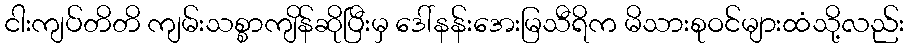
ငါးကျပ်တိတိ ကျမ်းသစ္စာကျိန်ဆိုပြီးမှ ဒေါ်နန်းအေးမြသီရိက မိသားစုဝင်များထံသို့လည်း